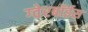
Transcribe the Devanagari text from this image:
ग्‍वेरबॉईस